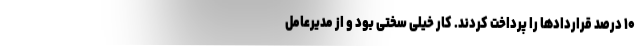
۱۰ درصد قراردادها را پرداخت کردند‌. کار خیلی سختی بود و از مدیرعامل